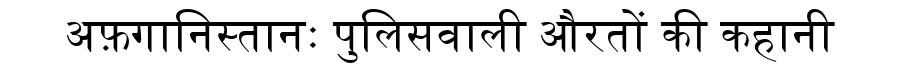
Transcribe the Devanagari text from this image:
अफ़गानिस्तानः पुलिसवाली औरतों की कहानी